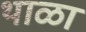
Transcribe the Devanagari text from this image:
थाळा